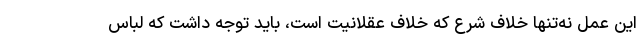
این عمل نه‌تنها خلاف شرع که خلاف عقلانیت است، باید توجه داشت که لباس